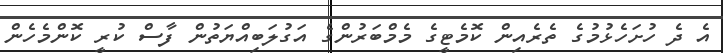
އެ ދެ ހުށަހެޅުމުގެ ތެރެއިން ކޮމެޓީގެ މެމްބަރުންގެ އަގުލަބިއްޔަތުން ފާސް ކުރީ ކޮންމެހެން